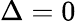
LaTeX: \Delta=0